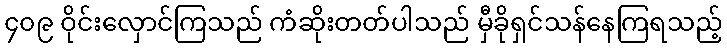
၄၀၉ ဝိုင်းလှောင်ကြသည် ကံဆိုးတတ်ပါသည် မှီခိုရှင်သန်နေကြရသည့်